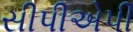
સીપીએપી